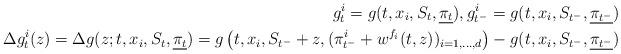
LaTeX: \begin{align*}g^i_t=g(t, x_i, S_t, \underline{\pi_t}), g^i_{t^-}=g(t, x_i, S_{t^-}, \underline{\pi_{t^-}})\\ \Delta g^i_t(z)=\Delta g(z;t, x_i, S_t, \underline{\pi_t})=g\left(t, x_i, S_{t^-}+z, (\pi^i_{t^-}+w^{f_i}(t,z))_{i=1,\dots,d}\right)-g(t, x_i, S_{t^-}, \underline{\pi_{t^-}})\end{align*}